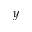
y